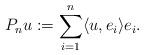
LaTeX: \begin{align*} P_n u := \sum_{i=1}^{n}\langle u,e_i\rangle e_i .\end{align*}